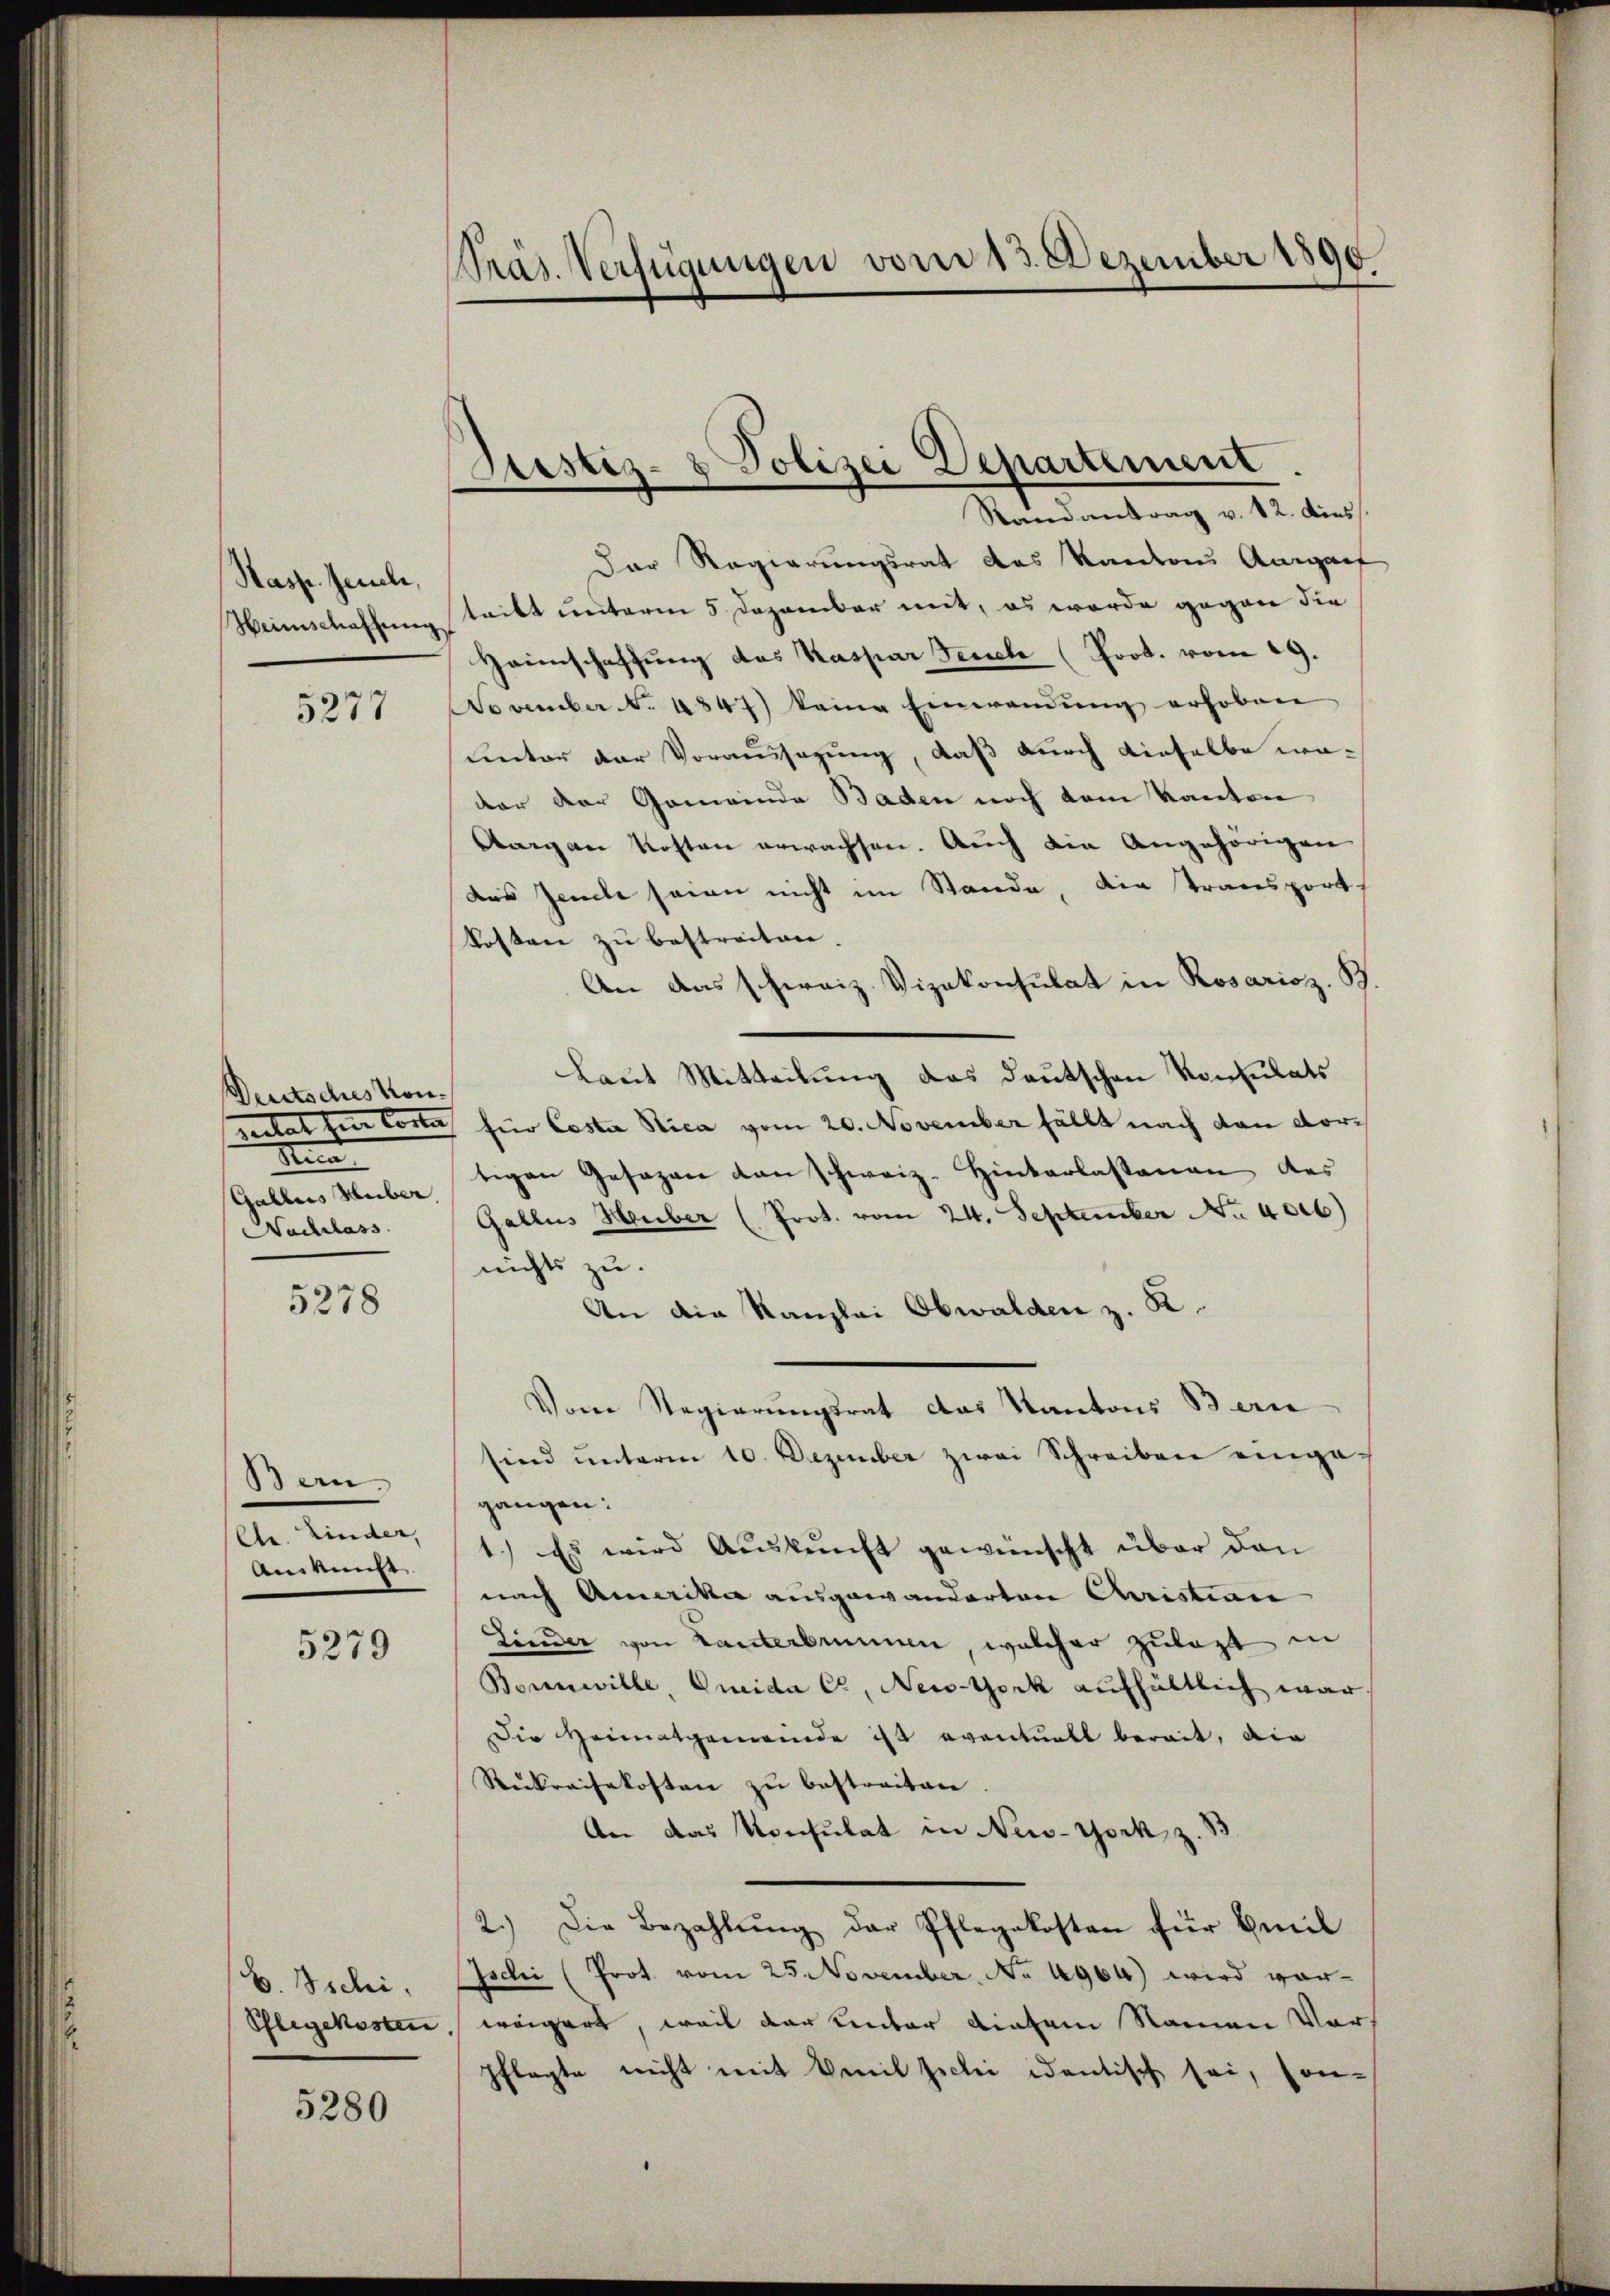
Kasp. Jenele,
Heimschaffŭng

5277

Deutsches Konna
Gables Heiber
Nachlass

5278

Bern.
Ctr. Kinder,
Auskunst.

5279

b. Tschi,

5280

Präs. Verfügungen vom 13. Dezember 1890

Justiz- & Polizei Departement
Randantrag v. 12. dies

Der Regierungsrat des Kantons Aarauf
teibt unterm 5. Dezember mit, es werde gegen die
Heimschaftung das Kaspar Feuch (Prot. vom 29.
November N. 4847) keine Einwendung erhoben
unter der Voraussagung, daß durch dieselbe weder der Gemeinde Baden noch dem Kanton
Aargau Kosten erwachsen. Auch die Angehörigen
das Zende seien nicht im Stande, die transport
Kosten zu bestreiten.
An das schweiz. Vizekonsulat in Rosarioz. B.
Laut Mitteilung das deutschen Konsulats
sectat zur Torte für Caster Rica vom 20. November fällt nach von dortigen Gesagen von schweiz. Hinterlassenen des
Gallus Huber (Prot. vom 24. September No. 4016)
nichts zu.
An die Kanzlei Obwalden z. K.
Vom Regierungsrat das Kantons Beri
sind unterm 10. Dezember zwei Schreiben eingegangen:
1.) Es wird Aŭskŭnft gewünscht über den
nach Amerika ausgewanderten Christian
Linder von Lanterbrunnen, welcher zulagt in
Bornwille, Grida Cr, New-York aufhältlich war,
Die Heimatgemeinde ist eventuell bereit, die
Rükreisekosten zŭ bestreiten.
An das Konsulat in New-York, z. B.
2.) Die Bezahlŭng der Pflegekosten für Emil
Ischi (Prot vom 25. November, No 4964) wird vor¬
Pflegekosten, weigert, weil der Unter diesem Namen Vors
Pflegte nicht mit Veit seelii identisch sei, Con¬